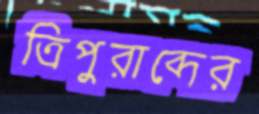
ত্রিপুরাব্দের